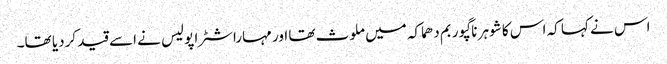
اس نے کہا کہ اس کا شوہر ناگپور بم دھماکہ میں ملوث تھا اور مہاراشٹرا پولیس نے اسے قید کردیا تھا۔